Indian journal of veterinary science and animal husbandry - Volumes 15-17, 1948-1951
Year: 1948
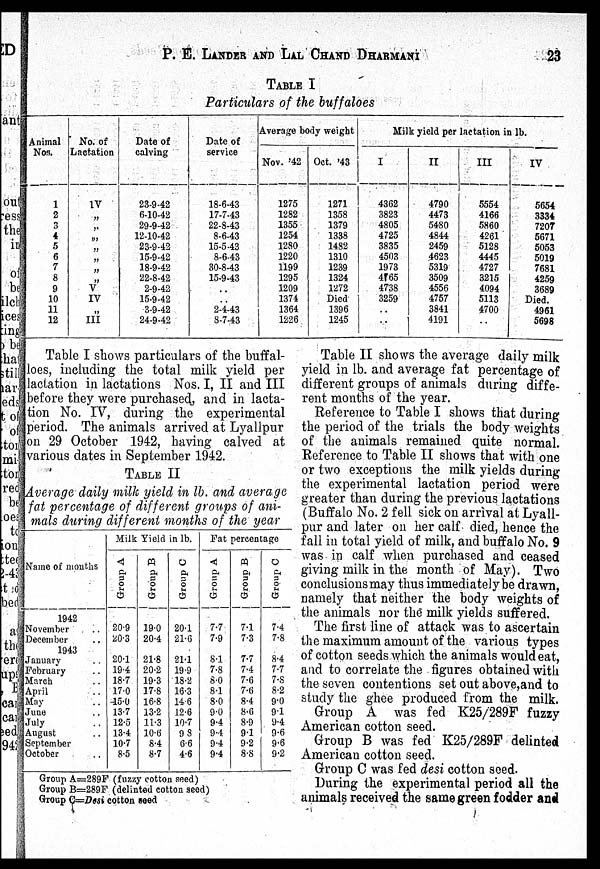
P. E. LANDER AND LAL CHAND DHARMANI 23
TABLE I
Particulars of the buffaloes
Animal
Nos.
1
2
3
4
5
6
7
8
9
10
11
12
No. of
Lactation
1V
„
„
„
„
„
„
„
V
IV
„
III
Date of
calving
23-9-42
6-10-42
29-9-42
12-10-42
23-9-42
15-9-42
18-9-42
22-8-42
2-9-42
15-9-42
3-9-42
24-9-42
Date of
service
18-6-43
17-7-43
22-8-43
8-6-43
15-5-43
8-6-43
30-8-43
15-9-43
..
..
2-4-43
8-7-43
Average body weight
Nov. '42
1275
1282
1355
1254
1280
1220
1199
1295
1209
1374
1364
1226
Oct. '43
1271
1358
1379
1338
1482
1310
1239
1324
1272
Died
1396
1245
Milk yield per lactation in lb.
I
4362
3823
4805
4725
3835
4503
1973
4165
4738
3259
..
..
II
4790
4473
5480
4844
2459
4623
5319
3509
4556
4757
3841
4191
III
5554
4166
5860
4261
5128
4445
4727
3215
4094
5113
4700
..
IV
5654
3334
7207
5671
5053
5019
7681
4259
3689
Died.
4961
5698
Table I shows particulars of the buffal-
loes, including the total milk yield per
lactation in lactations Nos. I, II and III
before they were purchased, and in lacta-
tion No. IV, during the experimental
period. The animals arrived at Lyallpur
on 29 October 1942, having calved at
various dates in September 1942.
TABEL II
Average daily milk yield in lb. and average
fat percentage of different groups of ani-
mals during different months of the year
Name of months
1942
November ..
December ..
1943
January
February
March
April
May
June
July
August
September
October
Milk Yield in lb.
Group A
20.9
20.3
20.1
19.4
18.7
17.0
15.0
13.7
12.5
13.4
10.7
8.5
Group B
19.0
20.4
21.8
20.2
19.3
17.8
16.8
13.2
11.3
10.6
8.4
8.7
Group C
20.1
21.6
21.1
19.9
18.2
16.3
14.6
12.6
10.7
9.8
6.6
4.6
Fat percentage
Group A
7.7
7.9
8.1
7.8
8.0
8.1
8.0
9.0
9.4
9.4
9.4
9.4
Group B
7.1
7.3
7.7
7.4
7.6
7.6
8.4
8.6
8.9
9.1
9.2
8.8
Group C
7.4
7.8
8.4
7.7
7.8
8.2
9.0
9.1
9.4
9.6
9.6
9.2
Group A=289F (fuzzy cotton seed)
Group B=289F (delinted cotton seed)
Group C=Desi cotton seed
Table II shows the average daily milk
yield in lb. and average fat percentage of
different groups of animals during diffe-
rent months of the year.
Reference to Table I shows that during
the period of the trials the body weights
of the animals remained quite normal.
Reference to Table II shows that with one
or two exceptions the milk yields during
the experimental lactation period were
greater than during the previous lactations
(Buffalo No. 2 fell sick on arrival at Lyall-
pur and later on her calf died, hence the
fall in total yield of milk, and buffalo No. 9
was in calf when purchased and ceased
giving milk in the month of May). Two
conclusions may thus immediately be drawn,
namely that neither the body weights of
the animals nor the milk yields suffered.
The first line of attack was to ascertain
the maximum amount of the various types
of cotton seeds which the animals would eat,
and to correlate the figures obtained with
the seven contentions set out above,and to
study the ghee produced from the milk.
Group A was fed K25/289F fuzzy
American cotton seed.
Group B was fed K25/289F delinted
American cotton seed.
Group C was fed desi cotton seed.
During the experimental period all the
animals received the same green fodder and